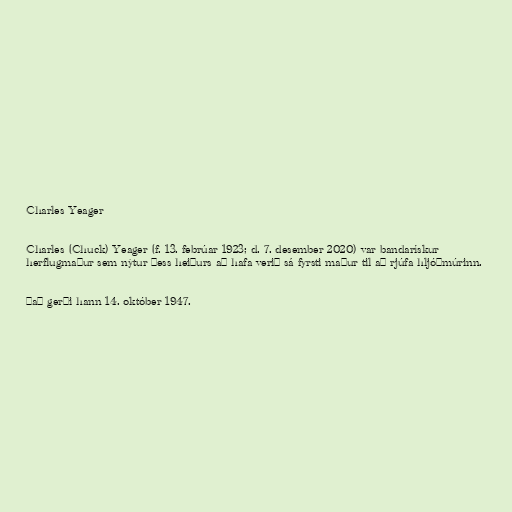
Charles Yeager

Charles (Chuck) Yeager (f. 13. febrúar 1923; d. 7. desember 2020) var bandarískur
herflugmaður sem nýtur þess heiðurs að hafa verið sá fyrsti maður til að rjúfa hljóðmúrinn.

Það gerði hann 14. október 1947.